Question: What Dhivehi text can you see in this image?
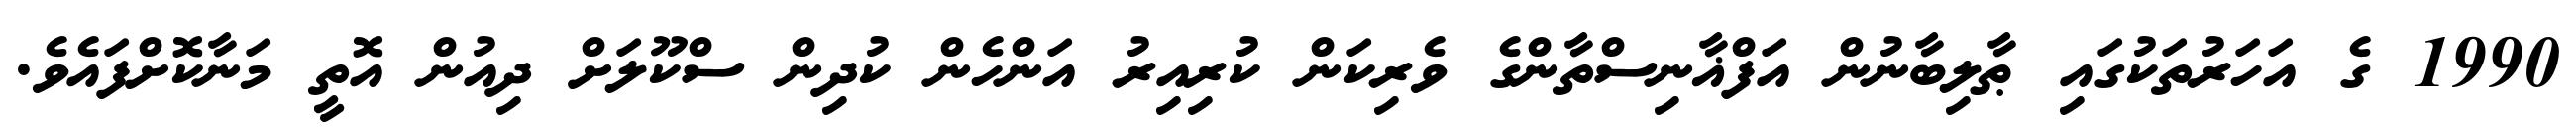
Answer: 1990 ގެ އަހަރުތަކުގައި ޠާލިބާނުން އަފްޣާނިސްތާންގެ ވެރިކަން ކުރިއިރު އަންހެން ކުދިން ސްކޫލަށް ދިއުން އޮތީ މަނާކޮށްފައެވެ.